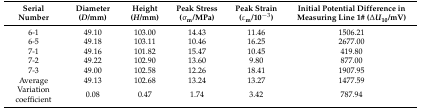
| Serial Number | Diameter (D/mm) | Height (H/mm) | Peak Stress (σm/MPa) | Peak Strain (εm/10−3) | Initial Potential Difference in Measuring Line 1# (ΔU10/mV) |
 | --- | --- | --- | --- | --- | --- |
 | 6-1 | 49.10 | 103.00 | 14.43 | 11.46 | 1506.21 |
 | 6-5 | 49.18 | 103.11 | 10.46 | 16.25 | 2677.00 |
 | 7-1 | 49.16 | 101.82 | 15.47 | 10.45 | 419.80 |
 | 7-2 | 49.22 | 102.90 | 13.60 | 9.80 | 877.00 |
 | 7-3 | 49.00 | 102.58 | 12.26 | 18.41 | 1907.95 |
 | Average | 49.13 | 102.68 | 13.24 | 13.27 | 1477.59 |
 | Variation coefficient | 0.08 | 0.47 | 1.74 | 3.42 | 787.94 |